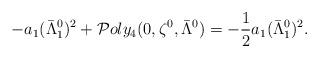
LaTeX: \begin{align*}-a_1( \bar{\Lambda}_1^0)^2 + \mathcal Poly_4(0,\zeta^0,\bar\Lambda^0) =-\frac{1}{2} a_1( \bar{\Lambda}_1^0)^2 .\end{align*}